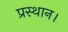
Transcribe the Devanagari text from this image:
प्रस्थान।